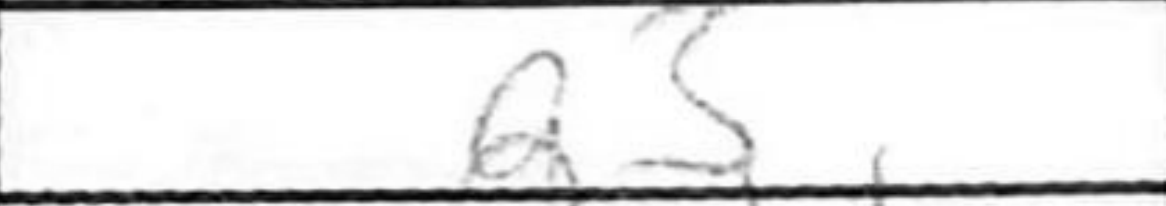
Transcription: a3